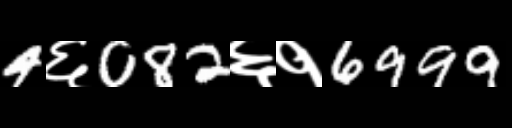
Text: 4६082६१6999